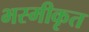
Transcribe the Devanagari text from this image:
भस्मीकृत